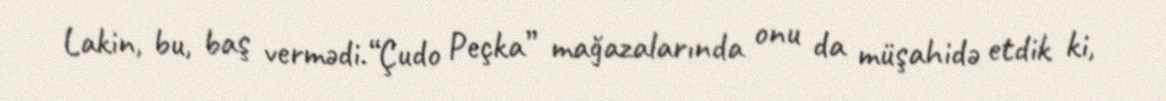
Lakin, bu, baş vermədi.“Çudo Peçka” mağazalarında onu da müşahidə etdik ki,